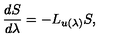
\frac { d S } { d \lambda } = - L _ { u ( \lambda ) } S ,